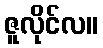
ဇူလိုင်လ။